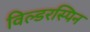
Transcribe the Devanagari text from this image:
विल्डरस्पिन